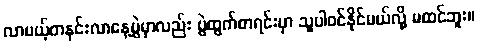
လာမယ့်တနင်းလာနေ့ပွဲမှာလည်း ပွဲထွက်စာရင်းမှာ သူပါဝင်နိုင်မယ်လို့ မထင်ဘူး။